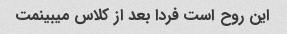
این روح است فردا بعد از کلاس میبینمت